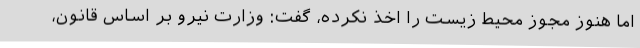
اما هنوز مجوز محیط زیست را اخذ نکرده، گفت: وزارت نیرو بر اساس قانون،